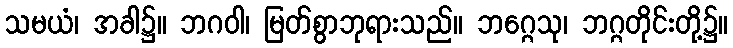
သမယံ၊ အခါ၌။ ဘဂဝါ၊ မြတ်စွာဘုရားသည်။ ဘဂ္ဂေသု၊ ဘဂ္ဂတိုင်းတို့၌။